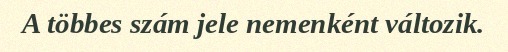
A többes szám jele nemenként változik.